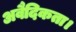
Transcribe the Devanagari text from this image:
अवैदिकता।